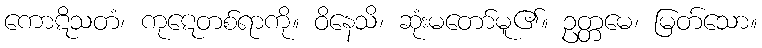
ကောဋိသတံ၊ ကုဋေတစ်ရာကို။ ဝိနေသိ၊ ဆုံးမတော်မူ၏။ ဥတ္တမေ၊ မြတ်သော။